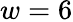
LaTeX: w=6